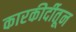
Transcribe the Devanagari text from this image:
कारकीर्दीतून